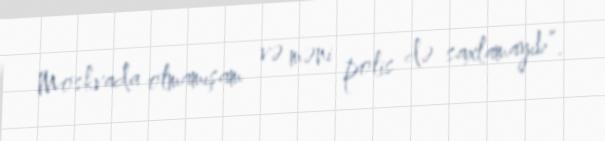
Moskvada olmamışam və məni polis də saxlamayıb”.